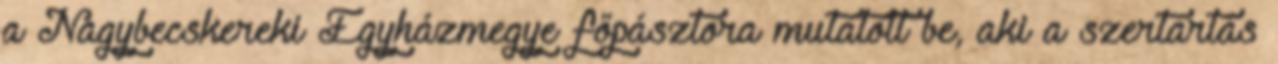
a Nagybecskereki Egyházmegye főpásztora mutatott be, aki a szertartás